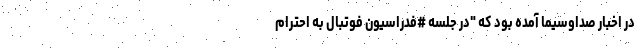
در اخبار صداوسیما آمده بود که "در جلسه #فدراسیون فوتبال به احترام